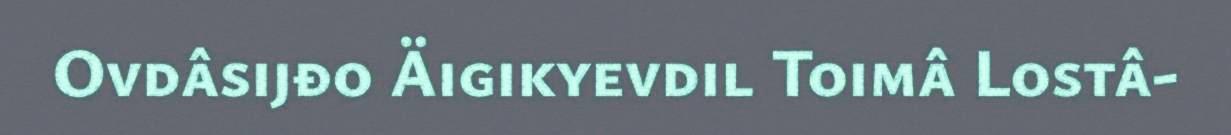
Ovdâsijđo Äigikyevdil Toimâ Lostâ-